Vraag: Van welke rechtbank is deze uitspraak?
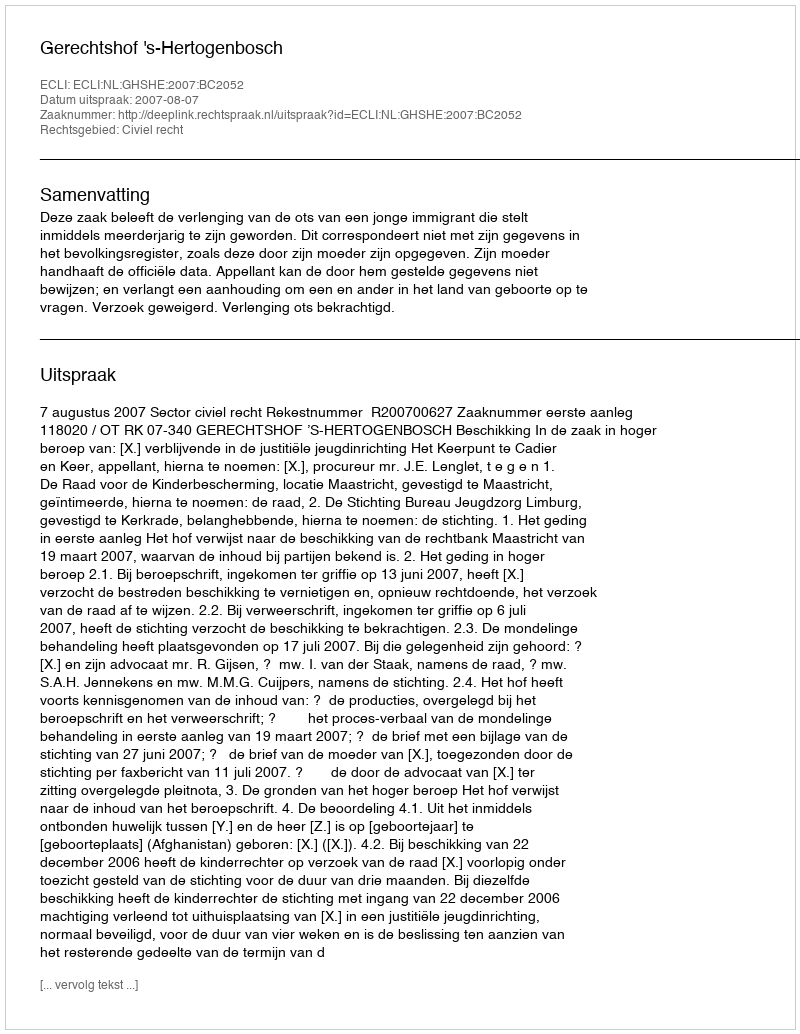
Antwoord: Gerechtshof 's-Hertogenbosch